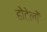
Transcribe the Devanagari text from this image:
होटेलों